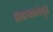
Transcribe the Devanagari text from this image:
आवश्यकतेमुळे